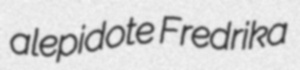
alepidote Fredrika